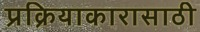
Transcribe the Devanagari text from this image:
प्रक्रियाकारासाठी